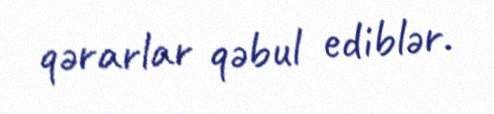
qərarlar qəbul ediblər.